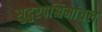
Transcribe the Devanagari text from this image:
सुदुरपश्चिमांचल